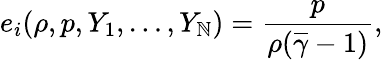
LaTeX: e_{i}(\rho,p,Y_{1},\ldots,Y_{\mathbb{N}})=\frac{{p}}{{\rho(\overline{{{\gamma}}}-1)}},